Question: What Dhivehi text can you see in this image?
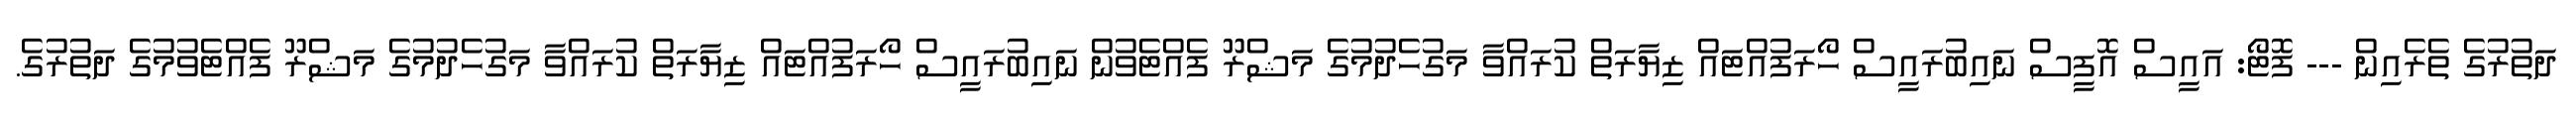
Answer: ދަތުރުގެ ތެރެއިން --- ފޮޓޯ: އައީސް އޮފީސް ނައިބުރައީސް ހޯރަފުއްޓައް ޒިޔާރަތް ކުރައްވާ މަގުހެދުމުގެ މަޝްރޫ ފެއްޓެވުން ނައިބުރައީސް ހޯރަފުއްޓައް ޒިޔާރަތް ކުރައްވާ މަގުހެދުމުގެ މަޝްރޫ ފެއްޓެވުމުގެ ދަތުރުގެ.